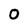
Character: 0